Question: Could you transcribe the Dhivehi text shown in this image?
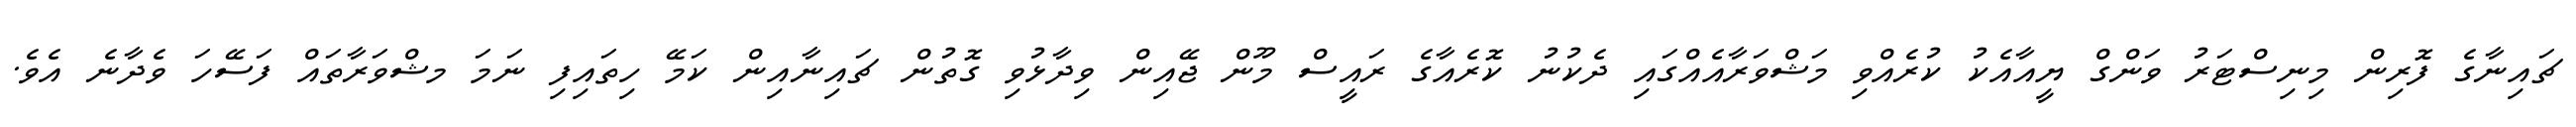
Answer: ޗައިނާގެ ފޮރިން މިނިސްޓަރު ވަންގް ޔީއާއެކު ކުރެއްވި މަޝްވަރާއެއްގައި ދެކުނު ކޮރެއާގެ ރައީސް މޫން ޖޭއިން ވިދާޅުވި ގޮތުން ޗައިނާއިން ކަމޭ ހިތައިފި ނަމަ މޝްވަރާތައް ފަސޭހަ ވެދާނެ އެވެ.